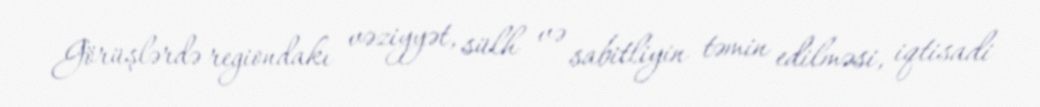
Görüşlərdə regiondakı vəziyyət, sülh və sabitliyin təmin edilməsi, iqtisadi